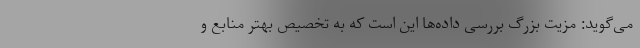
می‌گوید: مزیت بزرگ بررسی داده‌ها این است که به تخصیص بهتر منابع و